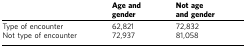
<table><thead><tr><td><b> </b></td><td><b>Age and gender</b></td><td><b>Not age and gender</b></td></tr></thead><tbody><tr><td>Type of encounter</td><td>62,821</td><td>72,832</td></tr><tr><td>Not type of encounter</td><td>72,937</td><td>81,058</td></tr></tbody></table>